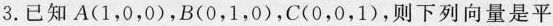
3. 已知A(1，0，0)，B(0，1，0)，C(0，0，1)，则下列向量是平